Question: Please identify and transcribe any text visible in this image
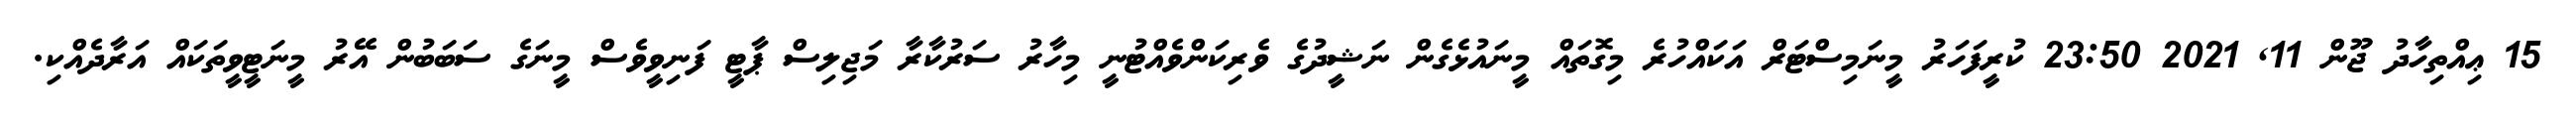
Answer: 15 ޢިއްތިހާދު ޖޫން 11, 2021 23:50 ކުރީފަހަރު މީނަމިސްޓަރް އަކައްހުރެ މިގޮތައް މީނައުޅެގެން ނަޝީދުގެ ވެރިކަންވެއްޓުނީ މިހާރު ސަރުކާރާ މަޖިލިސް ޕާޓީ ފަނިވީވެސް މީނަގެ ސަބަބުން އޭރު މީނަޓީވީތަކައް އަރާދެއްކި.